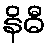
နိဓီ